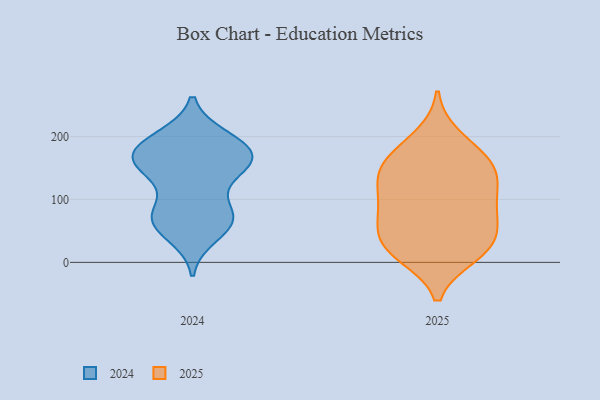
{"axis": {"x": "Satisfaction Score", "y": "Value"}, "legend": ["2024", "2025"], "data": [{"x": "", "y": 45, "type": "2025"}, {"x": "", "y": 146, "type": "2025"}, {"x": "", "y": 199, "type": "2025"}, {"x": "", "y": 159, "type": "2025"}, {"x": "", "y": 86, "type": "2025"}, {"x": "", "y": 81, "type": "2025"}, {"x": "", "y": 26, "type": "2025"}, {"x": "", "y": 176, "type": "2025"}, {"x": "", "y": 82, "type": "2025"}, {"x": "", "y": 12, "type": "2025"}, {"x": "", "y": 27, "type": "2025"}, {"x": "", "y": 49, "type": "2025"}, {"x": "", "y": 13, "type": "2025"}, {"x": "", "y": 145, "type": "2025"}, {"x": "", "y": 145, "type": "2025"}, {"x": "", "y": 125, "type": "2025"}, {"x": "", "y": 105, "type": "2025"}, {"x": "", "y": 197, "type": "2024"}, {"x": "", "y": 164, "type": "2024"}, {"x": "", "y": 148, "type": "2024"}, {"x": "", "y": 69, "type": "2024"}, {"x": "", "y": 69, "type": "2024"}, {"x": "", "y": 154, "type": "2024"}, {"x": "", "y": 44, "type": "2024"}, {"x": "", "y": 77, "type": "2024"}, {"x": "", "y": 175, "type": "2024"}, {"x": "", "y": 185, "type": "2024"}, {"x": "", "y": 163, "type": "2024"}, {"x": "", "y": 140, "type": "2024"}, {"x": "", "y": 171, "type": "2024"}, {"x": "", "y": 75, "type": "2024"}, {"x": "", "y": 194, "type": "2024"}, {"x": "", "y": 67, "type": "2024"}]}